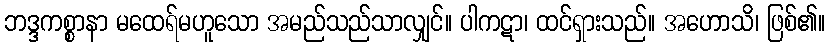
ဘဒ္ဒကစ္စာနာ မထေရ်မဟူသော အမည်သည်သာလျှင်။ ပါကဋာ၊ ထင်ရှားသည်။ အဟောသိ၊ ဖြစ်၏။